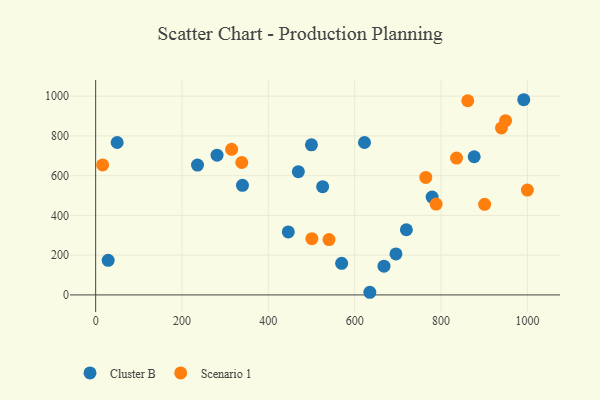
{"axis": {"x": "Ad Spend", "y": "Demand"}, "legend": ["Cluster B", "Scenario 1"], "data": [{"x": "635.0", "y": 13.3, "type": "Cluster B"}, {"x": "569.7", "y": 158.8, "type": "Cluster B"}, {"x": "446.1", "y": 317.0, "type": "Cluster B"}, {"x": "235.9", "y": 653.3, "type": "Cluster B"}, {"x": "667.8", "y": 144.5, "type": "Cluster B"}, {"x": "281.1", "y": 703.2, "type": "Cluster B"}, {"x": "991.5", "y": 982.1, "type": "Cluster B"}, {"x": "695.5", "y": 206.5, "type": "Cluster B"}, {"x": "876.7", "y": 695.3, "type": "Cluster B"}, {"x": "469.4", "y": 620.0, "type": "Cluster B"}, {"x": "499.8", "y": 755.0, "type": "Cluster B"}, {"x": "340.0", "y": 551.3, "type": "Cluster B"}, {"x": "525.7", "y": 544.8, "type": "Cluster B"}, {"x": "49.8", "y": 767.0, "type": "Cluster B"}, {"x": "719.6", "y": 327.9, "type": "Cluster B"}, {"x": "28.9", "y": 174.0, "type": "Cluster B"}, {"x": "779.3", "y": 492.5, "type": "Cluster B"}, {"x": "622.6", "y": 766.8, "type": "Cluster B"}, {"x": "788.5", "y": 457.2, "type": "Scenario 1"}, {"x": "835.8", "y": 688.4, "type": "Scenario 1"}, {"x": "338.4", "y": 666.2, "type": "Scenario 1"}, {"x": "764.6", "y": 591.4, "type": "Scenario 1"}, {"x": "949.4", "y": 876.6, "type": "Scenario 1"}, {"x": "500.8", "y": 283.1, "type": "Scenario 1"}, {"x": "939.9", "y": 840.3, "type": "Scenario 1"}, {"x": "540.4", "y": 278.7, "type": "Scenario 1"}, {"x": "314.9", "y": 732.5, "type": "Scenario 1"}, {"x": "16.1", "y": 654.0, "type": "Scenario 1"}, {"x": "861.8", "y": 976.9, "type": "Scenario 1"}, {"x": "900.9", "y": 456.0, "type": "Scenario 1"}, {"x": "999.9", "y": 527.6, "type": "Scenario 1"}]}